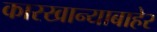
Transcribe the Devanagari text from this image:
कारखान्याबाहेर